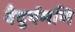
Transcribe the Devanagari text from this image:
वैदुर्यमणि